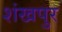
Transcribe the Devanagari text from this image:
शंखपुर